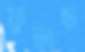
ফুলছ